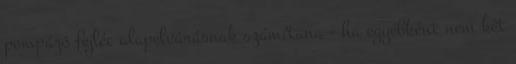
pompázó fejléc alapelvárásnak számítana - ha egyébként nem két